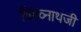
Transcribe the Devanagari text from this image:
विश्व्नाथजी